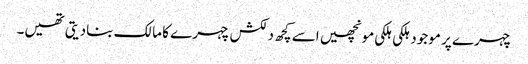
چہرے پر موجود ہلکی ہلکی مونچھیں اسے کچھ دلکش چہرے کا مالک بنادیتی تھیں۔